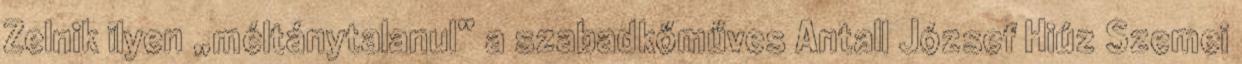
Zelnik ilyen „méltánytalanul” a szabadkő­műves Antall Jó­zsef Hiúz Szemei